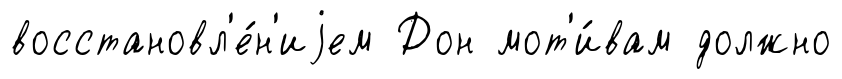
восстановл'е́н'иjем Дон мот'и́вам должно